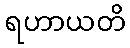
ရဟာယတိ